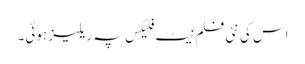
اس کی نئی فلم نیٹ فلیکس پہ ریلیز ہوئی۔